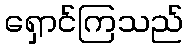
ရှောင်ကြသည်